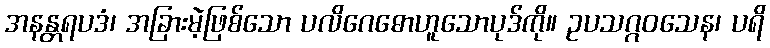
အနန္တရပဒံ၊ အခြားမဲ့ဖြစ်သော ပလိဂေဓောဟူသောပုဒ်ကို။ ဥပသဂ္ဂဝသေန၊ ပရိ